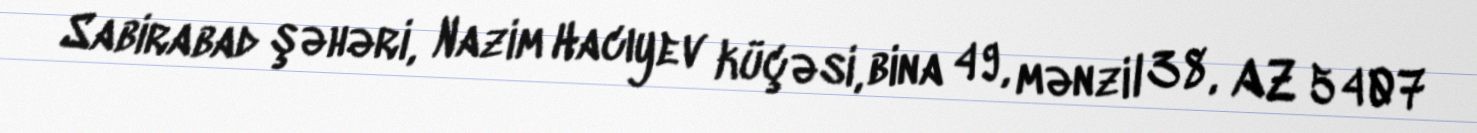
Sabirabad şəhəri, Nazim Hacıyev küçəsi, bina 49, mənzil 38, AZ 5407